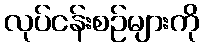
လုပ်ငန်းစဉ်များကို